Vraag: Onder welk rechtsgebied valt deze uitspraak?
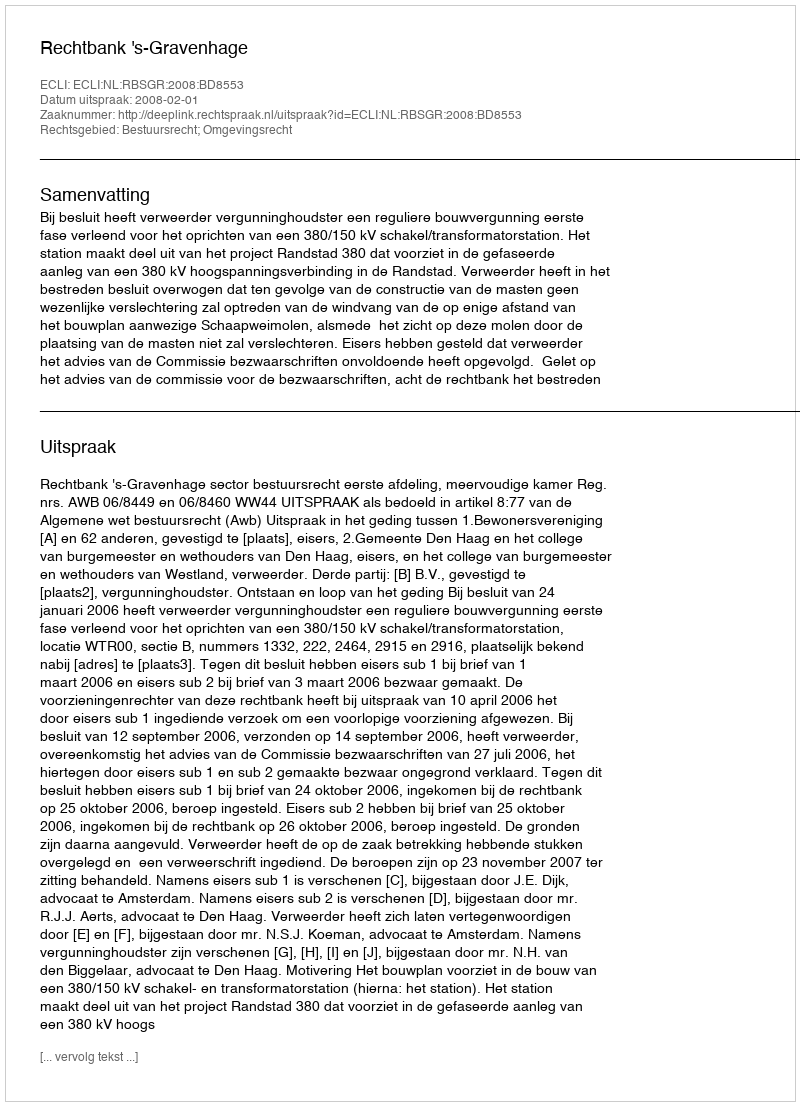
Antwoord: Bestuursrecht; Omgevingsrecht